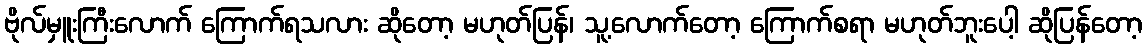
ဗိုလ်မှူးကြီးလောက် ကြောက်ရသလား ဆိုတော့ မဟုတ်ပြန်၊ သူ့လောက်တော့ ကြောက်စရာ မဟုတ်ဘူးပေါ့ ဆိုပြန်တော့